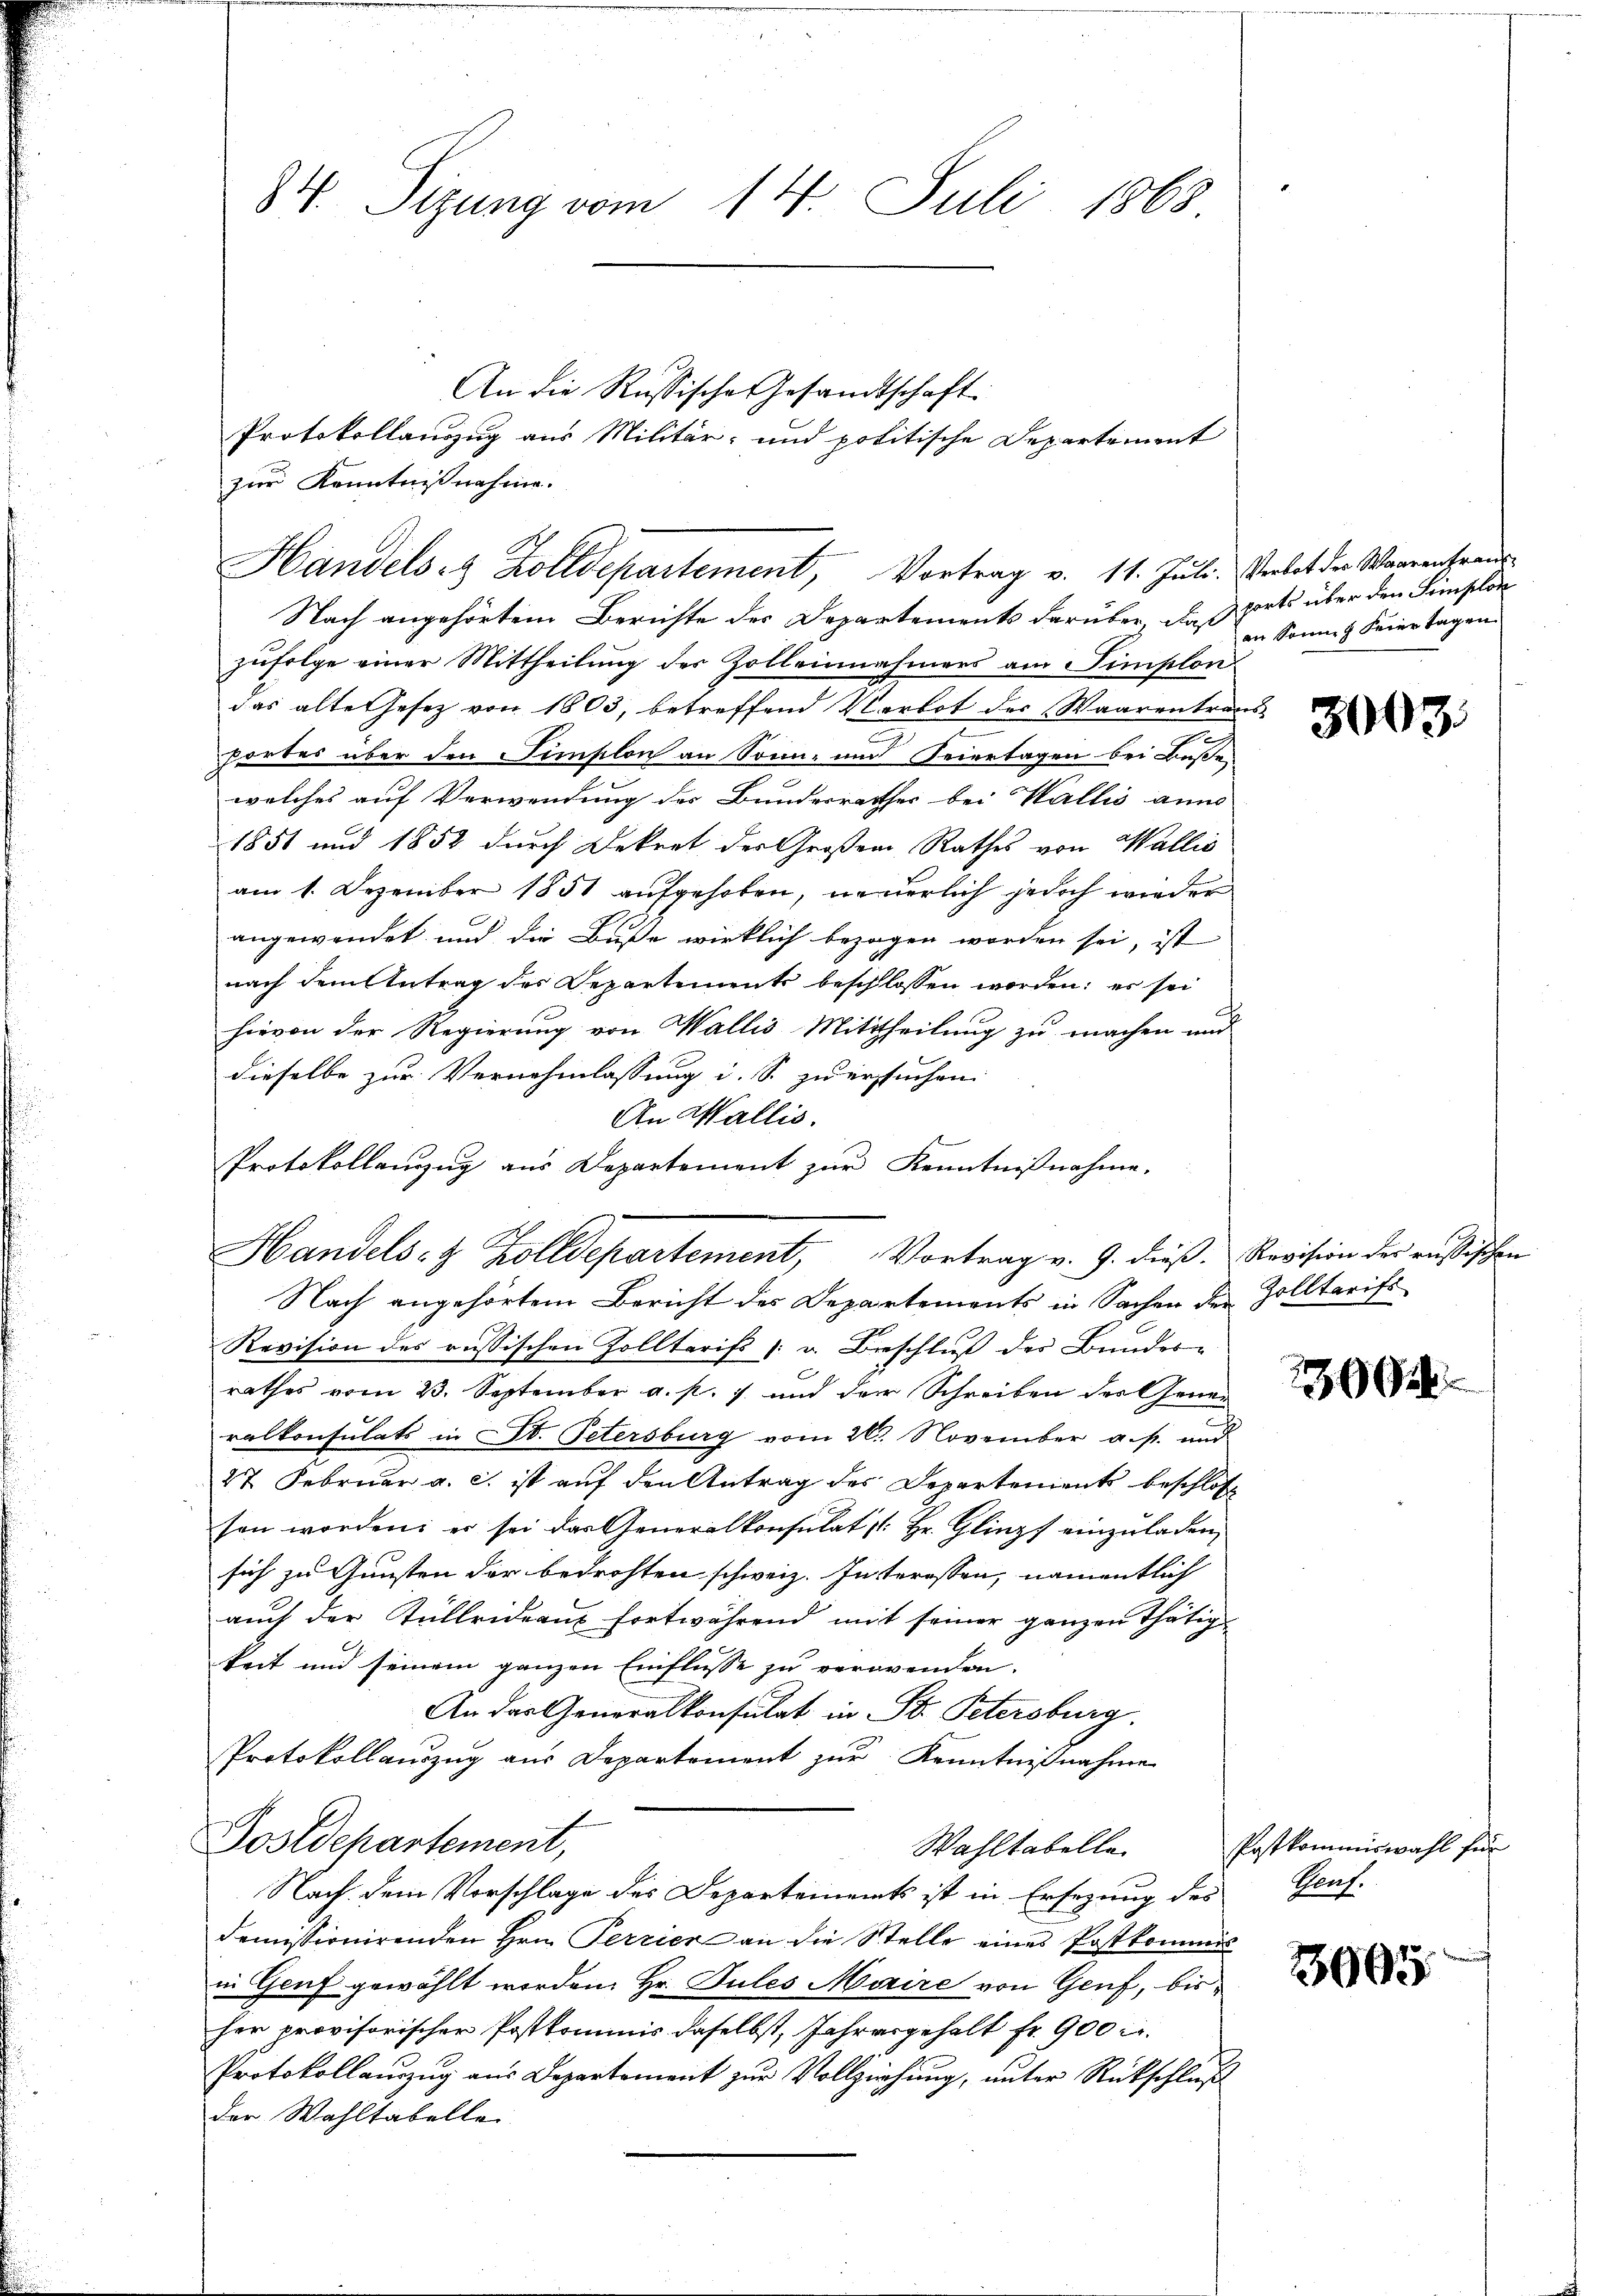
84. Sizung vom 14. Juli 1868

An die Russische Gesandtschaft
Protokollauszug aus Militär- und politische Departement
Nach angehörtem Berichte des Departements darüber daß
zŭfolge einer Mittheilung der Zollennahmers am Simplon
das alte Gesetz von 1803, betreffend Verbot der Waarentra¬
.
Hertes über den Simplon an Sonn- und Feiertagen bei Buße,
welches auf Verwendung des Bundesrathes bei Wallis ann
1851 und 1852 durch Dekret der Großen Rathes von Wallis
am 1. Dezember 1851 aufgehoben, neuerlich jedoch wieder
angewendet und die Buße wirklich bezogen worden sei, ist
nach dem Antrag des Departements beschlossen worden; er sei
hievon der Regierung von Wallis Mittheilung zu machen und
dieselbe zur Vernehmlassung i. S. zu ersuchen
An Wallis.
Protokollanzzug aus Departement zur Kenntnißnahme.
Nach angehörtem Bericht des Departements in Sachen der Zolltarifs
Revision des russischen Zolltarifs [ u. Beschluß der Bundes-
rathes vom 23. September a. p. 1 und der Schreiben der Gener
ralkonsulats in St. Petersburg vom 26. November a. p. und
27 Februar a. c. ist auf den Antrag des Departements beschloß
sen worden; er sei das Generalkonsulat Hr. Glings einzuladen,
sich zu Gunsten der bedrohten schweiz. Interessen, namentlich
auch der Kullrideaux fortwährend mit seiner ganzen Thätig
keit und seinem ganzen Einflüsse zu verwenden.
An das Generalkonsulat in St. Petersburg.
Protokollauszug aus Departement zur Kenntnißnahme
Postdepartement,
Wahltabelle
Nach dem Vorschlage des Departements ist in Ersezung des
demissionirenden Hrn. Perrier an die Stelle eines Postkommis
in Genf gewählt worden. Hr. Pules Morire von Genf, bis
her provisorischer Postkommis daselbst, Jahresgehalt fr. 900 c.
Protokollauszug aus Departement zur Vollziehung, unter Rückschluß
der Wahltabellei

zur Kenntnißnahme.

Handels- & Zolldepartement, Vortrag v. 9. dieß. Revision der russischen

Handels Zolldepartement, Vortrag v. 11. Juli. Verbot der Waarentraŭs-

ch

ports über den Simplon
an Sonne 4 Seine Tagen.

3003.

1904

Postkommiswahl für
Graf.

3005